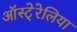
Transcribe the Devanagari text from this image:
ऑस्टे्रेलिया